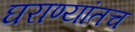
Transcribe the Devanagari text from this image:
घराण्यांतच